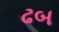
ઢબ